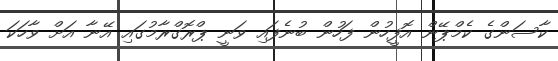
ކާސަންގެ ކެމްޕޭން އޮފީހުން ފަހުން ބުނެފައި ވަނީ ޕްރޮގްރާމުގައި އޭނާ އަށް ވާހަކަ